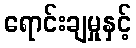
ရောင်းချမှုနှင့်